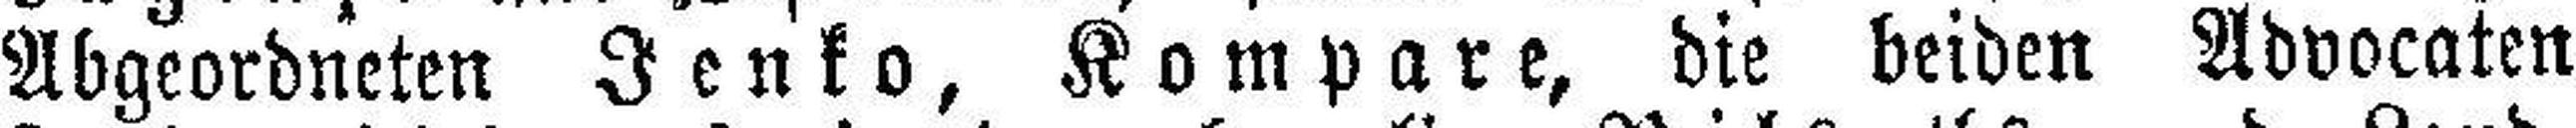
Abgeordneten Jenko, Kompare, die beiden Advocaten